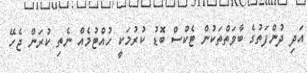
އަދި ދުންފަތުގެ ބާވަތްތަކުން ޓެކްސް ބޮޑު ކުރުމަކީ ހުއްޓުމެއް ނެތި ކުރަން ޖެހޭ